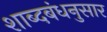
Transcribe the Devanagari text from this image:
शाब्दबंधनुसार